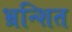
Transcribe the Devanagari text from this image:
भ्रन्शित